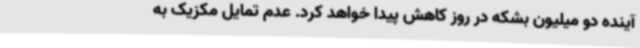
آینده دو میلیون بشکه در روز کاهش پیدا خواهد کرد. عدم تمایل مکزیک به